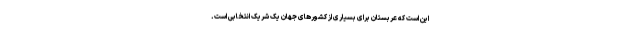
این است که عربستان برای بسیاری از کشورهای جهان یک شریک انتخابی است.